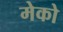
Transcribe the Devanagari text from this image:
मेको